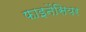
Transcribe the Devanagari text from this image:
फाइनेंसियर